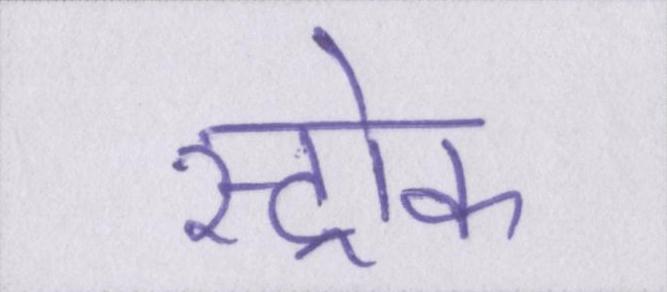
स्ट्रोक